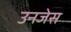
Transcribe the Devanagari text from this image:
उनजेस